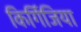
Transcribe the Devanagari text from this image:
किर्गिजिया